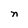
Character: n